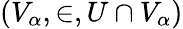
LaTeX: (V_{\alpha},\in,U\cap V_{\alpha})